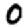
Digit: 0